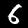
Label: 6